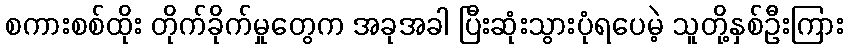
စကားစစ်ထိုး တိုက်ခိုက်မှုတွေက အခုအခါ ပြီးဆုံးသွားပုံရပေမဲ့ သူတို့နှစ်ဦးကြား